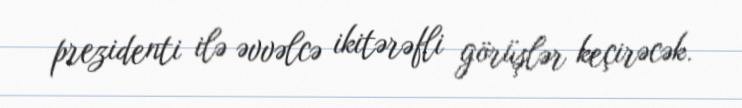
prezidenti ilə əvvəlcə ikitərəfli görüşlər keçirəcək.